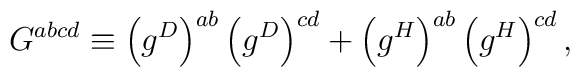
G^{abcd} \equiv \left(g^D\right)^{ab}\left(g^D\right)^{cd} +\left(g^H\right)^{ab}\left(g^H\right)^{cd},